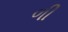
ળી